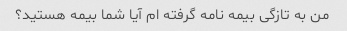
من به تازگی بیمه نامه گرفته ام آیا شما بیمه هستید؟